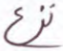
نزع